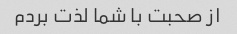
از صحبت با شما لذت بردم